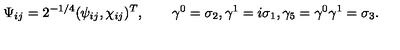
\Psi _ { i j } = 2 ^ { - 1 / 4 } ( \psi _ { i j } , \chi _ { i j } ) ^ { T } , \qquad \gamma ^ { 0 } = \sigma _ { 2 } , \gamma ^ { 1 } = i \sigma _ { 1 } , \gamma _ { 5 } = \gamma ^ { 0 } \gamma ^ { 1 } = \sigma _ { 3 } .